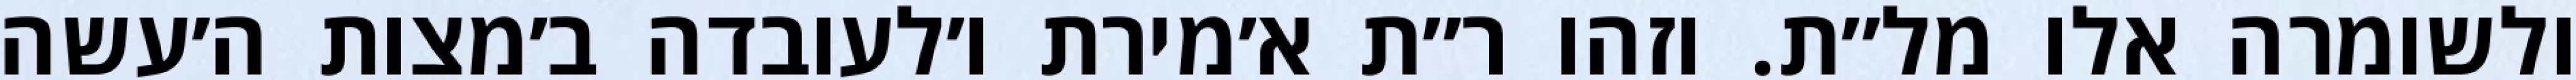
ולשומרה אלו מל״ת. וזהו ר״ת א׳מירת ו׳לעובדה ב׳מצות ה׳עשה